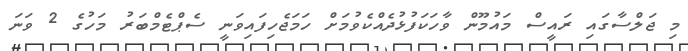
މި ޖަލްސާގައި ރައީސް މައުމޫން ވާހަކަފުޅުދެއްކެވުމަށް ހަމަޖެހިފައިވަނީ ސެޕްޓެމްބަރު މަހުގެ 2 ވަނަ